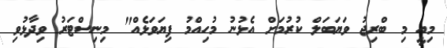
މިއީ މި ބްރިޖު ވަޔަބަލް ކުރުމަށް އެޅުނުު މުހިއްމު ފިޔަވަޅެއް" މިނިސްޓަރު ވިދާޅުވި